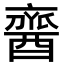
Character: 𨢞